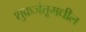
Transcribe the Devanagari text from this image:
शुक्रजंतूमधील